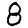
Digit: 8